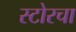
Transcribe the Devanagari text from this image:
स्टोरचा